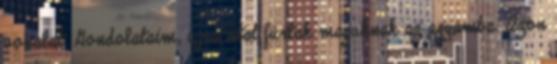
vonalat. Gondolataim, újra utat fúrtak maguknak az agyamba. Azon